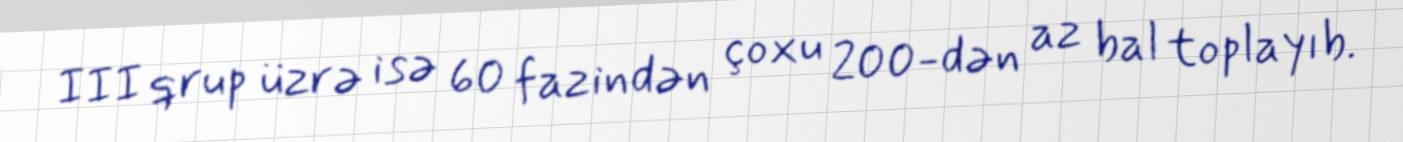
III qrup üzrə isə 60 fazindən çoxu 200-dən az bal toplayıb.